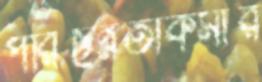
পরিছন্নতাকর্মীর